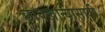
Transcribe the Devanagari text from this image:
छापखान्यासाठी